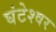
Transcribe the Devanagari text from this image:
घंटेश्वर